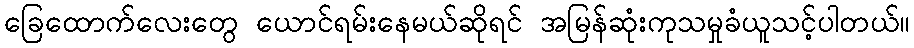
ခြေထောက်လေးတွေ ယောင်ရမ်းနေမယ်ဆိုရင် အမြန်ဆုံးကုသမှုခံယူသင့်ပါတယ်။